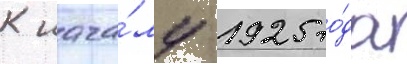
К нача́лу 1925 го́да